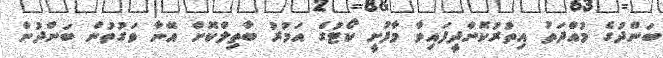
ބަންދުގެ މުއްދަތު އިތުރުކޮށްދީފައިވާ މާފުށީ ކޯޓުގެ އަމުރު ބާތިލްކޮށް އޭނާ ވަގުތުން ބަންދުން